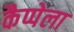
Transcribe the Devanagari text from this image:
कैप्पेला